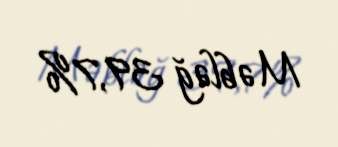
Məbləğ 39,7%